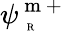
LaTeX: \psi_{\mathrm{~\tiny~R~}}^{\mathrm{~m~+~}}